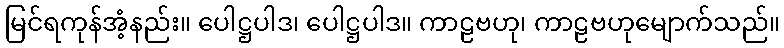
မြင်ရကုန်အံ့နည်း။ ပေါဋ္ဌပါဒ၊ ပေါဋ္ဌပါဒ။ ကာဠဗဟု၊ ကာဠဗဟုမျောက်သည်။